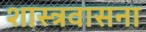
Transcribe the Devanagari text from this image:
शास्त्रवासना